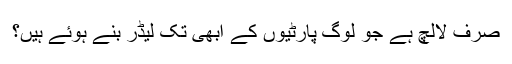
صرف لالچ ہے جو لوگ پارٹیوں کے ابھی تک لیڈر بنے ہوئے ہیں؟